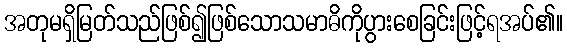
အတုမရှိမြတ်သည်ဖြစ်၍ဖြစ်သောသမာဓိကိုပွားစေခြင်းဖြင့်ရအပ်၏။